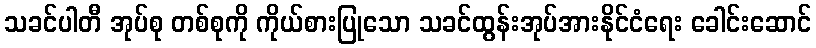
သခင်ပါတီ အုပ်စု တစ်စုကို ကိုယ်စားပြုသော သခင်ထွန်းအုပ်အားနိုင်ငံရေး ခေါင်းဆောင်